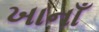
ખાનાઁ